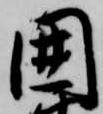
囲